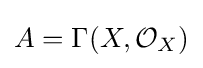
A=\Gamma (X,{\mathcal {O}}_{X})